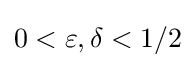
0<\varepsilon ,\delta <1/2